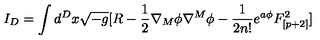
I _ { D } = \int d ^ { D } x \sqrt { - g } [ R - { \frac { 1 } { 2 } } \nabla _ { M } \phi \nabla ^ { M } \phi - { \frac { 1 } { 2 n ! } } e ^ { a \phi } F _ { [ p + 2 ] } ^ { 2 } ]